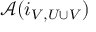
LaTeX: { \mathcal { A } } ( i _ { V , U \cup V } )